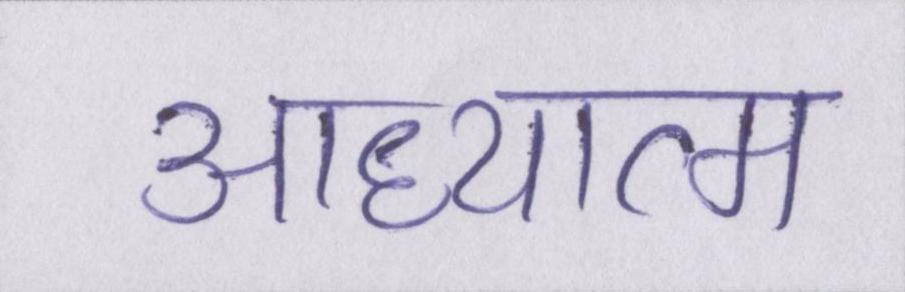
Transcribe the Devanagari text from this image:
आध्यात्म